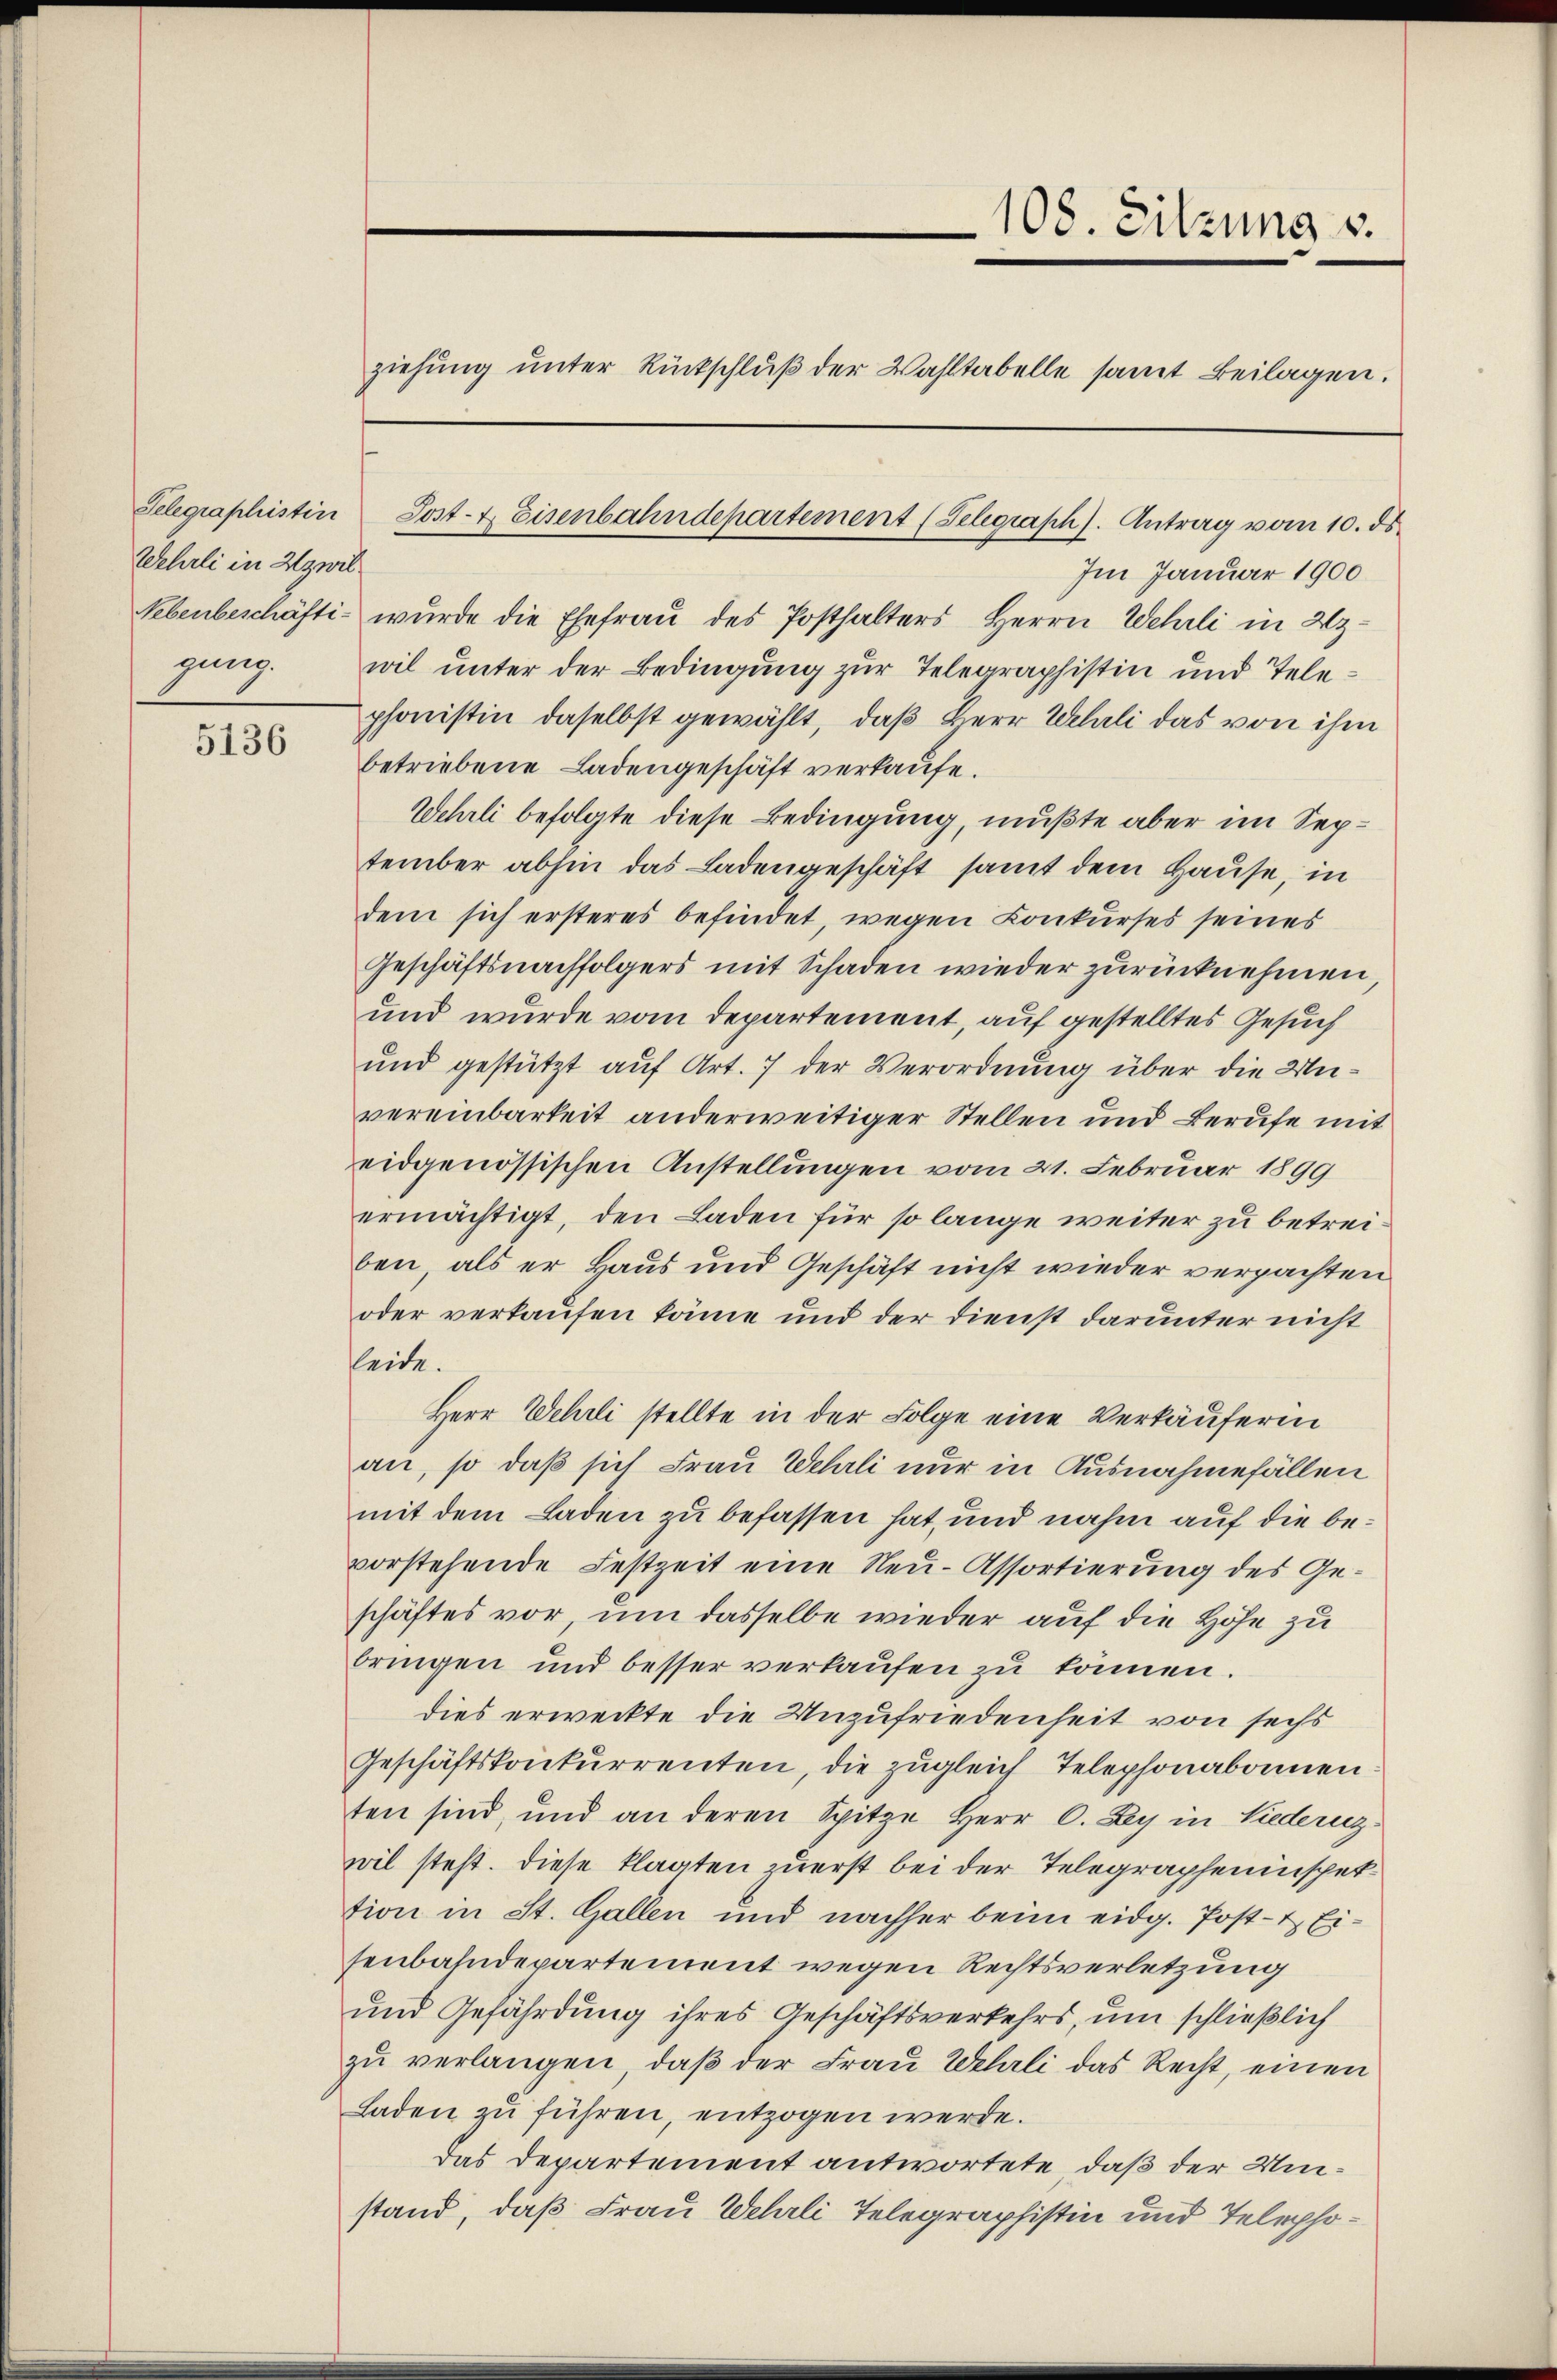
Wehrli in Zwil
gung.

5136

Im Januar 1900
Nebenbeschäfti- wurde die Ehefrau des Posthalters Herrn Wehrli in 23
wil unter der Bedingung zur Telegraphistin und Telephonistin daselbst gewählt, daß Herr Wehrli das von ihm
betriebene Ladengeschäft verkaufe.
Wehrli befolgte diese Bedingung, mußte aber im September abhin das Ladengeschäft samt dem Hause, in
dem sich ersteres befindet, wegen Conkurses seines
Geschäftsnachfolgers mit Schaden wieder zurücknehmen
und wurde vom Departement, auf gestelltes Gesuch
und gestützt auf Art. 7 der Verordnung über die Unvereinbarkeit anderweitiger Stellen und Berufe mit
eidgenössischen Anstellungen vom 21. Februar 1899
ermächtigt, den Laden für so lange weiter zu betreiben als er Haus und Geschäft nicht wieder verpachten
oder verkaufen könne und der Dienst darunter nicht
leide.
Herr Wehrli stellte in der Folge eine Verkäuferin
an, so daß sich Frau Wehrli nur in Ausnahmefällen
mit dem Laden zu befassen hat, und nahm auf die bevorstehende Festzeit eine Neu-Assortierung des Geschäftes vor, um dasselbe wieder auf die Höhe zu
bringen und besser verkaufen zu können.
dies erweckte die Unzufriedenheit von sechs
Geschäftskonkurrenten, die zugleich Telephonabonnen
ten sind, und an deren Spitze Herr C. Ly in Liederz
wil steht. Diese klagten zuerst bei der Telegrapheninspektion in St. Gallen und nachher beim eidg. Post- & Eisenbahndepartement wegen Rechtsverletzung
und Gefährdung ihres Geschäftsverkehrs, um schließlich
zu verlangen, daß der Frau Wehrli das Recht, einen
Laden zu führen, entzogen werde.
das Departement antwortete, daß der Umstand, daß Frau Wehrli Telegraphistin und Telepho¬

Selegraphistin Post- & Eisenbahndepartement (Telegraph). Antrag vom 10. ds.

108. Sitzung v.
ziehung unter Rückschluß der Wahltabelle samt Beilagen.